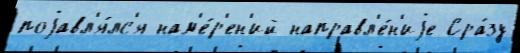
поjавл'я́лс'я нам'е́р'ен'ий направл'е́н'иjе Сра́зу